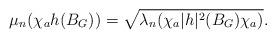
LaTeX: \begin{align*}\mu_n(\chi_a h(B_G)) &= \sqrt{\lambda_n(\chi_a |h|^2(B_G) \chi_a )}.\end{align*}